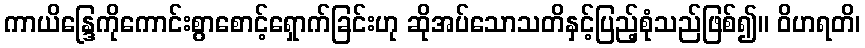
ကာယိန္ဒြေကိုကောင်းစွာစောင့်ရှောက်ခြင်းဟု ဆိုအပ်သောသတိနှင့်ပြည့်စုံသည်ဖြစ်၍။ ဝိဟရတိ၊